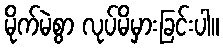
မိုက်မဲစွာ လုပ်မိမှားခြင်းပါ။